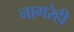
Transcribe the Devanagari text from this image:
नागरेही